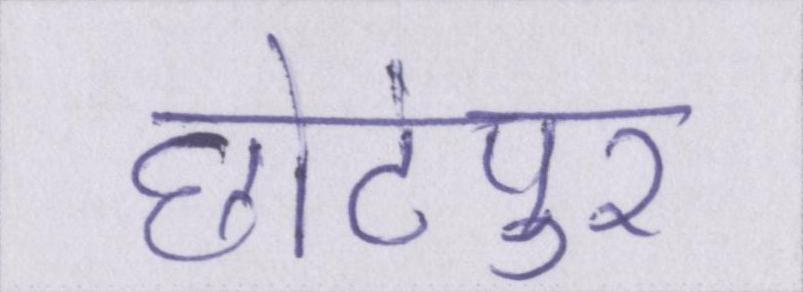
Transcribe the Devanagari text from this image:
छोटेपुर